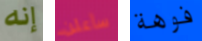
إنه سأعلن فوهة